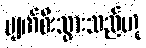
ပျက်စီးသွားသည်ဟု